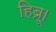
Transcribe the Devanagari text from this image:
हिब्रू।